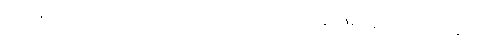
တဖြောင့်သုံးလျက်၊ အားတက်ကျင့်ကြံ၊ သောတာပန်၊ ဖြစ်ရန် အကြောင်းလေး။